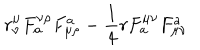
r _ { \nu } ^ { \mu } F _ { a } ^ { \nu \rho } F _ { \mu \rho } ^ { a } - { \frac { 1 } { 4 } } r F _ { a } ^ { \mu \nu } F _ { \mu \nu } ^ { a }